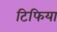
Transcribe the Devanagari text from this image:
टिफिया